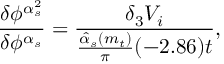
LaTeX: \frac { \delta \phi ^ { \alpha _ { s } ^ { 2 } } } { \delta \phi ^ { \alpha _ { s } } } = \frac { \delta _ { 3 } V _ { i } } { \frac { \hat { \alpha } _ { s } ( m _ { t } ) } { \pi } ( - 2 . 8 6 ) t } ,